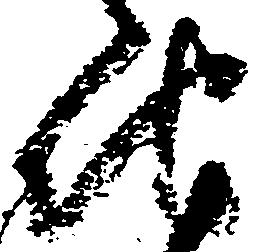
地